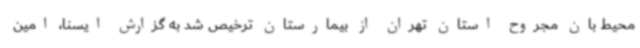
محیط بان مجروح استان تهران از بیمارستان ترخیص شد به گزارش ایسنا، امین